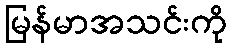
မြန်မာအသင်းကို